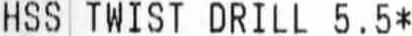
HSS TWIST DRILL 5.5*